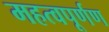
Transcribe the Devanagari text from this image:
महत्वपूर्णण